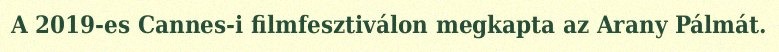
A 2019-es Cannes-i filmfesztiválon megkapta az Arany Pálmát.